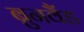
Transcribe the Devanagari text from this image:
ब्रुनवैंड